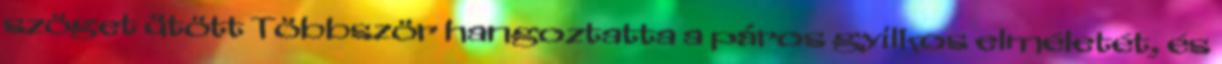
szöget ütött Többször hangoztatta a páros gyilkos elméletét, és